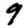
Digit: 9